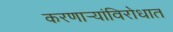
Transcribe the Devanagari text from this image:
करणार्‍यांविरोधात